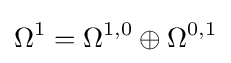
\Omega ^{1}=\Omega ^{1,0}\oplus \Omega ^{0,1}